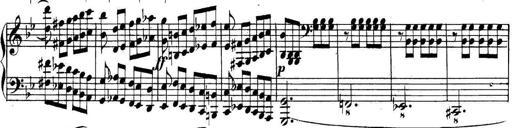
Title: Collected Piano Sonatas
Composer: Muzio Clementi